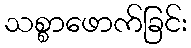
သစ္စာဖောက်ခြင်း